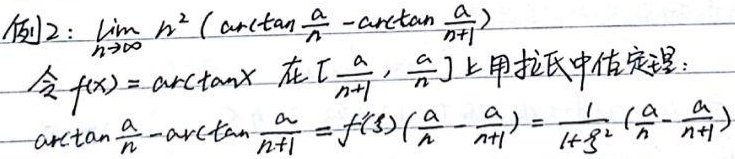
例2：求\(\lim_{n \to \infty}n^2\left(\arctan\frac{a}{n}-\arctan\frac{a}{n + 1}\right)\)。

令\(f(x)=\arctan x\)，在\(\left[\frac{a}{n + 1},\frac{a}{n}\right]\)上用拉氏中值定理：

\(\arctan\frac{a}{n}-\arctan\frac{a}{n + 1}=f'(\xi)\left(\frac{a}{n}-\frac{a}{n + 1}\right)=\frac{1}{1+\xi^2}\left(\frac{a}{n}-\frac{a}{n + 1}\right)\)